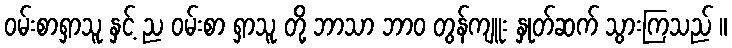
ဝမ်းစာရှာသူ နှင့် ည ဝမ်းစာ ရှာသူ တို့ ဘာသာ ဘာဝ တွန်ကျူး နှုတ်ဆက် သွားကြသည် ။